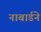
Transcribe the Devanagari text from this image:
नाबार्डने